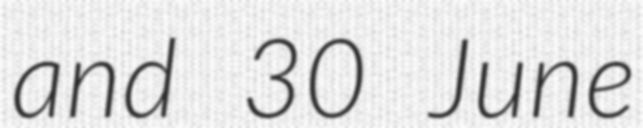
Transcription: and 30 June